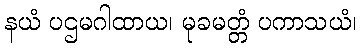
နယံ ပဌမဂါထာယ၊ မုခမတ္တံ ပကာသယံ၊